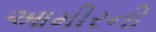
આમીરની